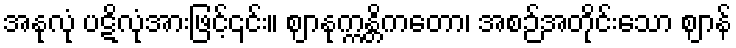
အနုလုံ ပဋိလုံအားဖြင့်၎င်း။ ဈာနုက္ကန္တိကတော၊ အစဉ်အတိုင်းသော ဈာန်